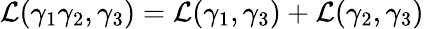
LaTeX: \mathcal{L}(\gamma_{1}\gamma_{2},\gamma_{3})=\mathcal{L}(\gamma_{1},\gamma_{3})+\mathcal{L}(\gamma_{2},\gamma_{3})